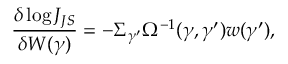
\frac { \delta \log J _ { J S } } { \delta W ( \gamma ) } = - \Sigma _ { \gamma ^ { \prime } } \Omega ^ { - 1 } ( \gamma , \gamma ^ { \prime } ) w ( \gamma ^ { \prime } ) ,